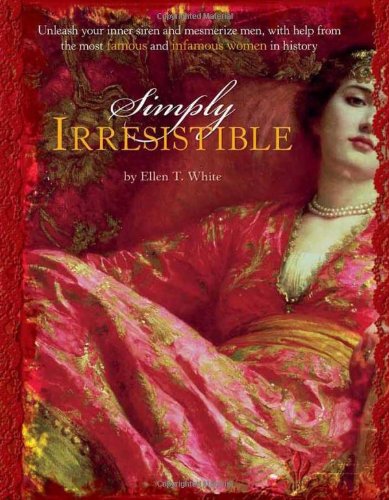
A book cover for Simply Irresistible: Unleash Your Inner Siren and Mesmerize Any Man, with Help from the Most Famous--and Infamous--Women in History; Ellen T. White; Self-Help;